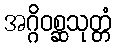
အဂ္ဂိဝစ္ဆသုတ္တံ